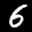
Label: 6